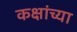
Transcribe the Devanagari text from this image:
कक्षांच्या